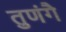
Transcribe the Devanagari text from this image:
तुणंगै